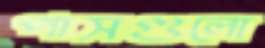
পাসগুলো